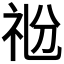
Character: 𥘶